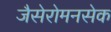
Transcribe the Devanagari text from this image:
जैसेरोमनसेक